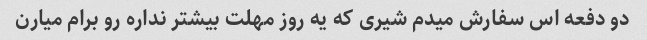
دو دفعه اس سفارش میدم شیری که یه روز مهلت بیشتر نداره رو برام میارن